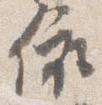
依